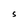
Character: S